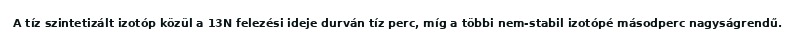
A tíz szintetizált izotóp közül a 13N felezési ideje durván tíz perc, míg a többi nem-stabil izotópé másodperc nagyságrendű.